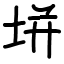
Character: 垪